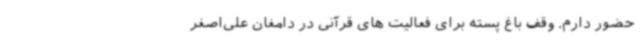
حضور دارم. وقف باغ پسته برای فعالیت های قرآنی در دامغان علی‌اصغر